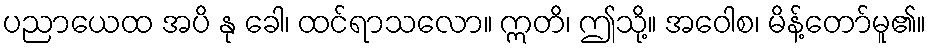
ပညာယေထ အပိ နု ခေါ၊ ထင်ရာသလော။ ဣတိ၊ ဤသို့။ အဝေါစ၊ မိန့်တော်မူ၏။